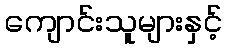
ကျောင်းသူများနှင့်